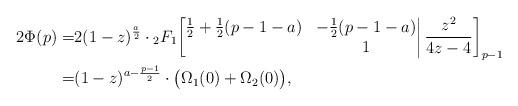
LaTeX: \begin{align*}2\Phi(p)=&2(1-z)^{\frac a2}\cdot{}_2F_1\bigg[\begin{matrix}\frac12+\frac12(p-1-a)&-\frac12(p-1-a)\\&1\end{matrix}\bigg|\,\frac{z^2}{4z-4}\bigg]_{p-1}\\=&(1-z)^{a-\frac{p-1}{2}}\cdot\big(\Omega_1(0)+\Omega_2(0)\big),\end{align*}